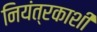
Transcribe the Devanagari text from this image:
नियंत्रकाशी